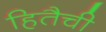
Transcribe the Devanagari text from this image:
हितैची